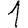
Digit: 1